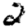
Digit: 2